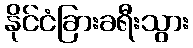
နိုင်ငံခြားခရီးသွား